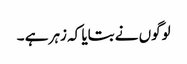
لوگوں نے بتایا کہ زہر ہے ۔